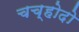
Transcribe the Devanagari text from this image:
चच्होदो